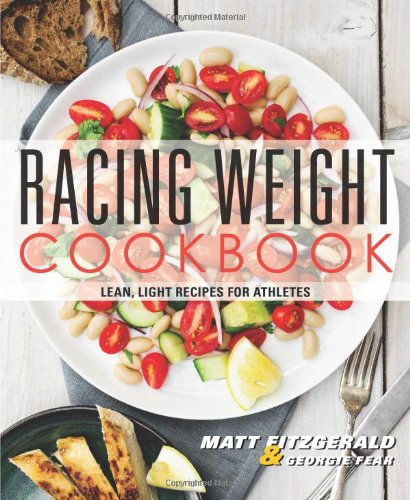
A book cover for Racing Weight Cookbook: Lean, Light Recipes for Athletes (The Racing Weight Series); Matt Fitzgerald; Health, Fitness & Dieting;